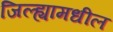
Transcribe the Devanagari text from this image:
जिल्‍ह्यामधील